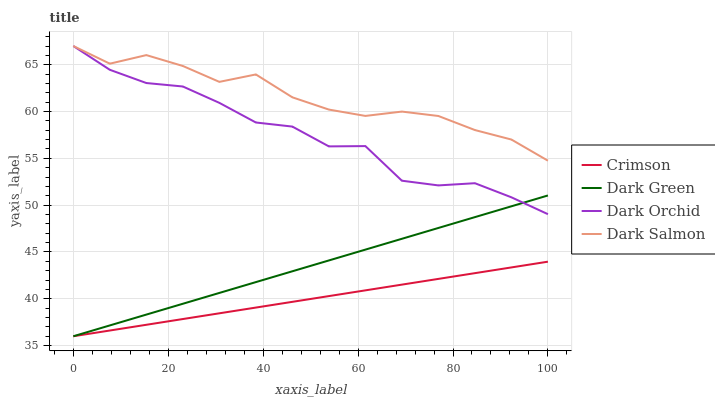
| xaxis_label | Crimson | Dark Green | Dark Orchid | Dark Salmon |
 | --- | --- | --- | --- | --- |
 | 0 | 36 | 36 | 67 | 67 |
 | 7.69 | 36.6 | 37.2 | 64.5 | 65.1 |
 | 15.4 | 37.2 | 38.3 | 63 | 66 |
 | 23.1 | 37.8 | 39.5 | 62.7 | 64.9 |
 | 30.8 | 38.5 | 40.6 | 60.9 | 63.2 |
 | 38.5 | 39.1 | 41.8 | 58.8 | 64 |
 | 46.2 | 39.7 | 42.9 | 58.4 | 61.5 |
 | 53.8 | 40.3 | 44.1 | 56.3 | 60.2 |
 | 61.5 | 40.9 | 45.3 | 56.3 | 59.5 |
 | 69.2 | 41.5 | 46.4 | 52.6 | 60 |
 | 76.9 | 42.1 | 47.6 | 52.1 | 59.5 |
 | 84.6 | 42.7 | 48.7 | 52.3 | 58 |
 | 92.3 | 43.4 | 49.9 | 50.8 | 57 |
 | 100 | 44 | 51 | 49 | 54.8 |